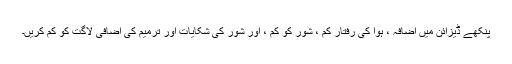
پنکھے ڈیزائن میں اضافہ ، ہوا کی رفتار کم ، شور کو کم ، اور شور کی شکایات اور ترمیم کی اضافی لاگت کو کم کریں۔